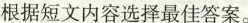
根据短文内容选择最佳答案。